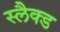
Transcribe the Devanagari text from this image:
स्लैक्ड